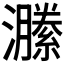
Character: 𤂵